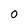
Character: 0